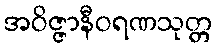
အဝိဇ္ဇာနီဝရဏသုတ္တ